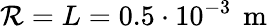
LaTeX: \mathcal{R}=L=0.5\cdot10^{-3}\, \mathrm{{~m~}}